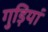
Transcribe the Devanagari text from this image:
गुड़ियां